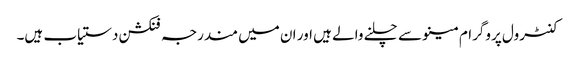
کنٹرول پروگرام مینو سے چلنے والے ہیں اور ان میں مندرجہ فنکشن دستیاب ہیں۔